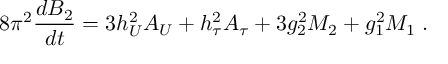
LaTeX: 8 \pi ^ { 2 } \frac { d B _ { 2 } } { d t } = 3 h _ { U } ^ { 2 } A _ { U } + h _ { \tau } ^ { 2 } A _ { \tau } + 3 g _ { 2 } ^ { 2 } M _ { 2 } + g _ { 1 } ^ { 2 } M _ { 1 } \; .